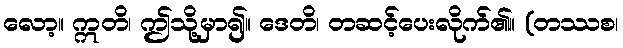
လော့။ ဣတိ၊ ဤသို့မှာ၍။ ဒေတိ၊ တဆင့်ပေးလိုက်၏။ (တဿစ၊